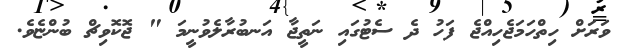
ވަރަށް ހިތްހަމަޖެހިއްޖެ ފަހު ދެ ސެޓުގައި ނަތީޖާ އަނބުރާލެވުނީމަ " ޖޮކޮވިޗް ބުންޏެވެ.